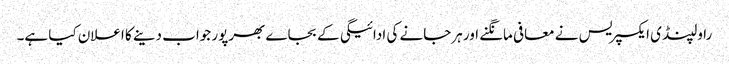
راولپنڈی ایکسپریس نے معافی مانگنے اور ہرجانے کی ادائیگی کے بجاے بھرپور جواب دینے کا اعلان کیا ہے۔